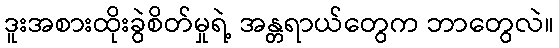
ဒူးအစားထိုးခွဲစိတ်မှုရဲ့ အန္တရာယ်တွေက ဘာတွေလဲ။